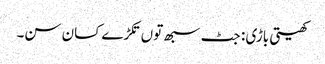
کھیتی باڑی : جٹ سبھ توں تکڑے کسان سن۔